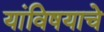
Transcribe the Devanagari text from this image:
यांविषयाचे